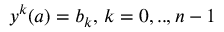
y ^ { k } ( a ) = b _ { k } , \, k = 0 , . . , n - 1